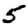
Digit: 5